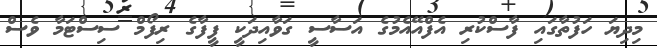
މިދިޔަ ހަފުތާގައި ފާސްކުރި އެފްއޭއެމުގެ އަސާސީ ގަވާއިދަކީ ފީފާގެ ރިފޯމް ސިސްޓަމާ ވެސް